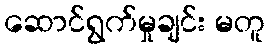
ဆောင်ရွက်မှုချင်း မတူ